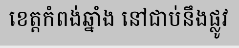
ខេត្តកំពង់ឆ្នាំង នៅជាប់នឹងផ្លូវ